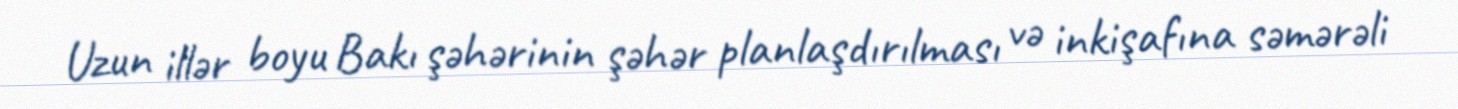
Uzun illər boyu Bakı şəhərinin şəhər planlaşdırılması və inkişafına səmərəli